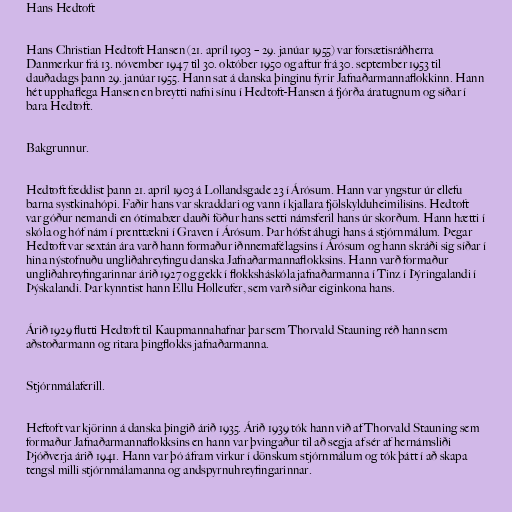
Hans Hedtoft

Hans Christian Hedtoft Hansen (21. apríl 1903 – 29. janúar 1955) var forsætisráðherra
Danmerkur frá 13. nóvember 1947 til 30. október 1950 og aftur frá 30. september 1953 til
dauðadags þann 29. janúar 1955. Hann sat á danska þinginu fyrir Jafnaðarmannaflokkinn. Hann
hét upphaflega Hansen en breytti nafni sínu í Hedtoft-Hansen á fjórða áratugnum og síðar í
bara Hedtoft.

Bakgrunnur.

Hedtoft fæddist þann 21. apríl 1903 á Lollandsgade 23 í Árósum. Hann var yngstur úr ellefu
barna systkinahópi. Faðir hans var skraddari og vann í kjallara fjölskylduheimilisins. Hedtoft
var góður nemandi en ótímabær dauði föður hans setti námsferil hans úr skorðum. Hann hætti í
skóla og hóf nám í prenttækni í Graven í Árósum. Þar hófst áhugi hans á stjórnmálum. Þegar
Hedtoft var sextán ára varð hann formaður iðnnemafélagsins í Árósum og hann skráði sig síðar í
hina nýstofnuðu ungliðahreyfingu danska Jafnaðarmannaflokksins. Hann varð formaður
ungliðahreyfingarinnar árið 1927 og gekk í flokksháskóla jafnaðarmanna í Tinz í Þýringalandi í
Þýskalandi. Þar kynntist hann Ellu Holleufer, sem varð síðar eiginkona hans.

Árið 1929 flutti Hedtoft til Kaupmannahafnar þar sem Thorvald Stauning réð hann sem
aðstoðarmann og ritara þingflokks jafnaðarmanna.

Stjórnmálaferill.

Heftoft var kjörinn á danska þingið árið 1935. Árið 1939 tók hann við af Thorvald Stauning sem
formaður Jafnaðarmannaflokksins en hann var þvingaður til að segja af sér af hernámsliði
Þjóðverja árið 1941. Hann var þó áfram virkur í dönskum stjórnmálum og tók þátt í að skapa
tengsl milli stjórnmálamanna og andspyrnuhreyfingarinnar.